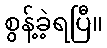
စွန့်ခဲ့ရပြီ။